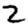
Digit: 2